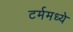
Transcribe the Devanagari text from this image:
टर्ममध्ये